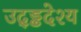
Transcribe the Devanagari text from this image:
उद्ड्ढदेश्य